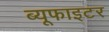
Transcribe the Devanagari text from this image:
ब्यूफाइटर